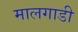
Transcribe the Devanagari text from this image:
मालगाडी